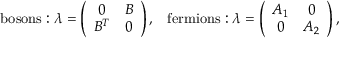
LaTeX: \mathrm { b o s o n s : } \; \lambda = \left( \begin{array} { c c } { { 0 } } & { { B } } \\ { { B ^ { T } } } & { { 0 } } \end{array} \right) , \; \; \; \mathrm { f e r m i o n s : } \; \lambda = \left( \begin{array} { c c } { { A _ { 1 } } } & { { 0 } } \\ { { 0 } } & { { A _ { 2 } } } \end{array} \right) ,